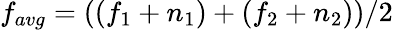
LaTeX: f_{avg}=((f_{1}+n_{1})+(f_{2}+n_{2}))/2